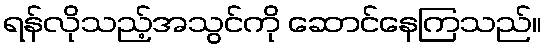
ရန်လိုသည့်အသွင်ကို ဆောင်နေကြသည်။